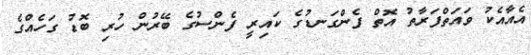
އެއާއެކު ވައަތްފަރާތު އޮތް ފެންގަނޑުގެ ކައިރީ ފެންސުގެ ބޭރުން ހުރި ބޮޑު ގަހެއްގެ